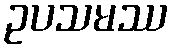
ဥပသမဿ